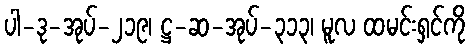
ပါ-ဒု-အုပ်-၂၁၉၊ ဋ္ဌ-ဆ-အုပ်-၃၁၃၊ မူလ ထမင်းရှင်ကို